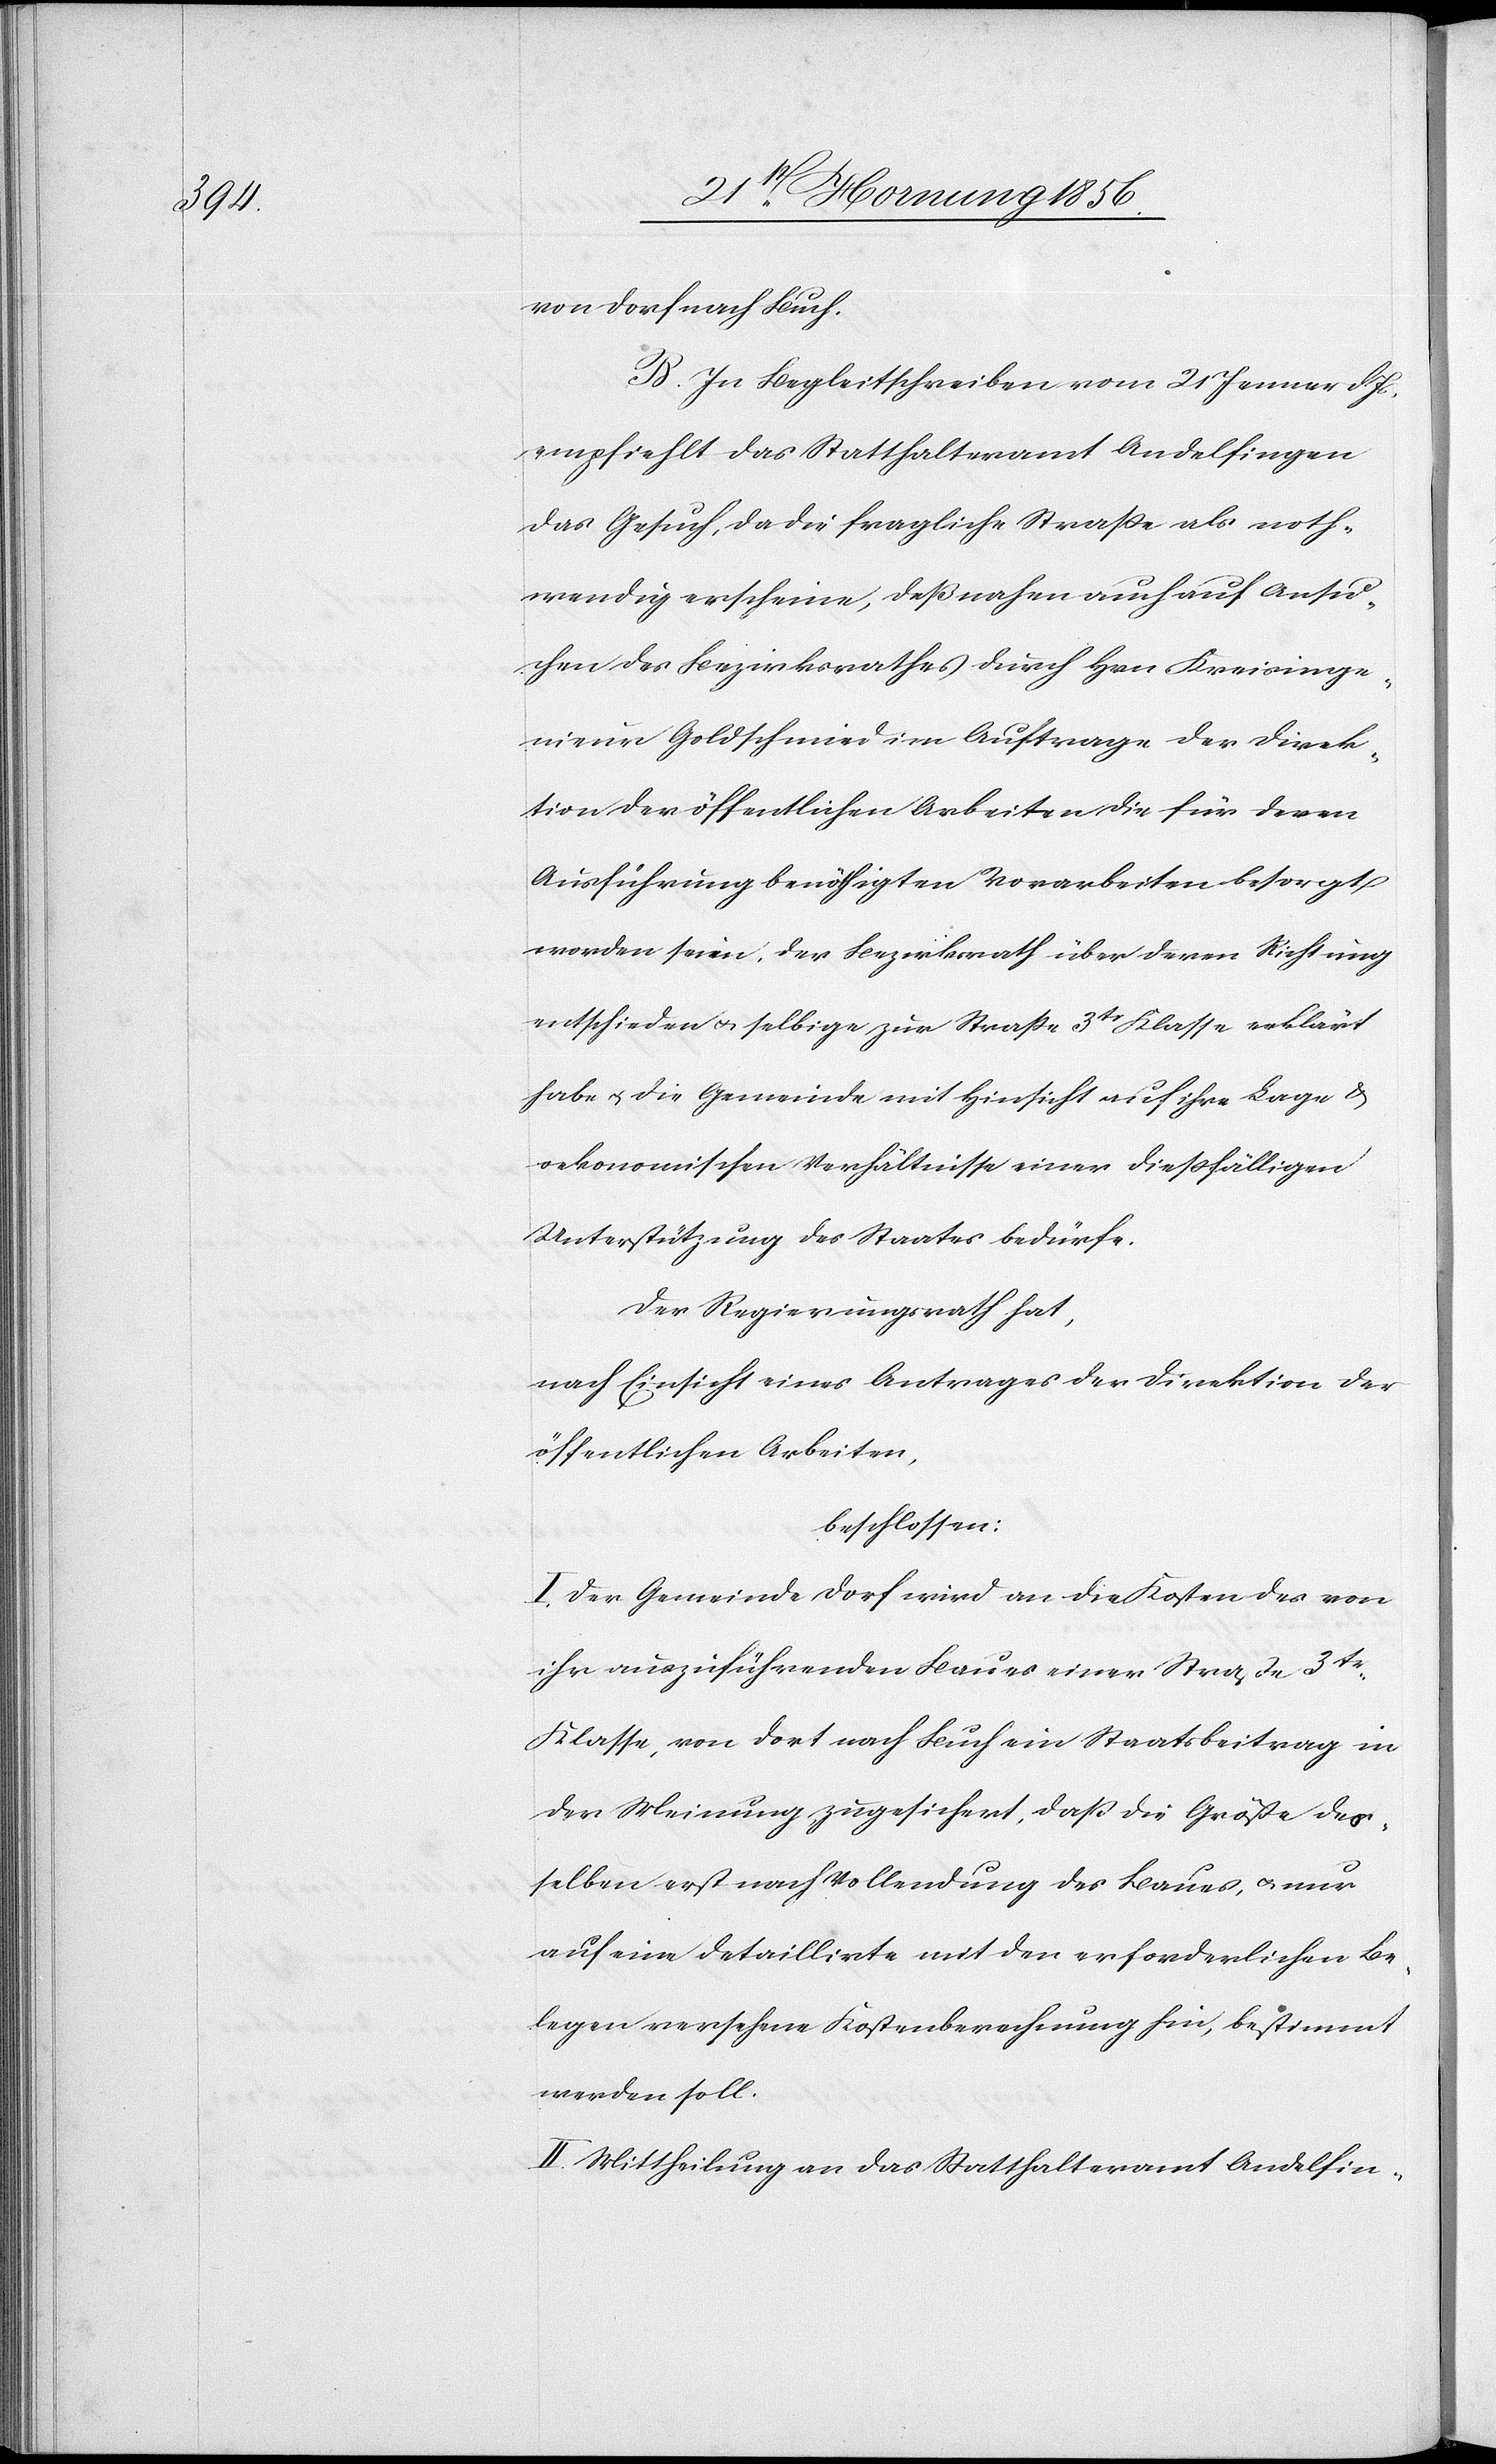
von Dorf nach Buch.
B. In Begleitschreiben vom 21 Jenner d. Js
empfiehlt das Statthalteramt Andelfingen
das Gesuch, da die fragliche Straße als noth¬
wendig erscheine, deßnahen auch auf Ansu¬
chen des Bezirksrathes durch Hrn Kreisinge¬
nieur Goldschmied im Auftrage der Direk¬
tion der öffentlichen Arbeiten die für deren
Ausführung benöthigten Vorarbeiten besorgt
worden seien, der Bezirksrath über deren Richtung
entscheiden u. selbige zur Straße 3tr Klasse erklärt
habe u. die Gemeinde mit Hinsicht auf ihre Lage &
oekonomischen Verhältnisse einer dießfälligen
Unterstützung des Staates bedürfe.
Der Regierungsrath hat,
nach Einsicht eines Antrages der Direktion der
öffentlichen Arbeiten,
beschlossen:
I. Der Gemeinde Dorf wird an die Kosten des von
ihr auszuführenden Baues einer Straße 3tr
Klasse, von dort nach Buch ein Staatsbeitrag in
der Meinung zugesichert, daß die Größe des¬
selben erst nach Vollendung des Baues, u. nur
auf eine detaillirte mit den erforderlichen Be¬
legen versehene Kostenberechnung hin, bestimmt
werden soll.
II. Mittheilung an das Statthalteramt Andelfin-